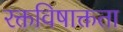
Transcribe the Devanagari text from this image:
रक्तविषाक्तता